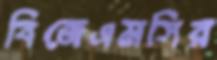
বিজেএমসির